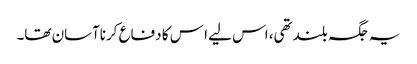
یہ جگہ بلندتھی، اس لیے ا س کا دفاع کرناآسان تھا۔